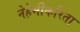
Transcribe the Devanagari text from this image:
नेहेमीकरिता